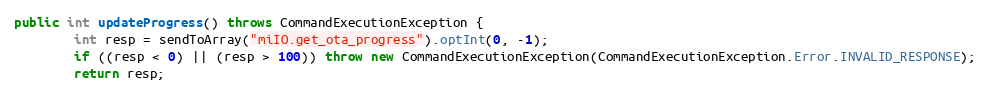
Language: Java
public int updateProgress() throws CommandExecutionException {
        int resp = sendToArray("miIO.get_ota_progress").optInt(0, -1);
        if ((resp < 0) || (resp > 100)) throw new CommandExecutionException(CommandExecutionException.Error.INVALID_RESPONSE);
        return resp;